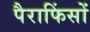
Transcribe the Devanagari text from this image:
पैराफिंसों